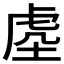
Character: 𭎭